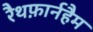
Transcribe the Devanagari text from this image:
रैथफ़ार्नहैम